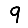
Digit: 9